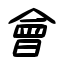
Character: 會